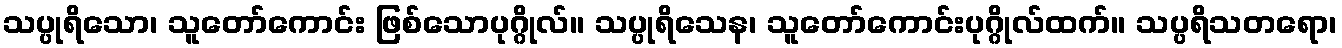
သပ္ပုရိသော၊ သူတော်ကောင်း ဖြစ်သောပုဂ္ဂိုလ်။ သပ္ပုရိသေန၊ သူတော်ကောင်းပုဂ္ဂိုလ်ထက်။ သပ္ပရိသတရော၊